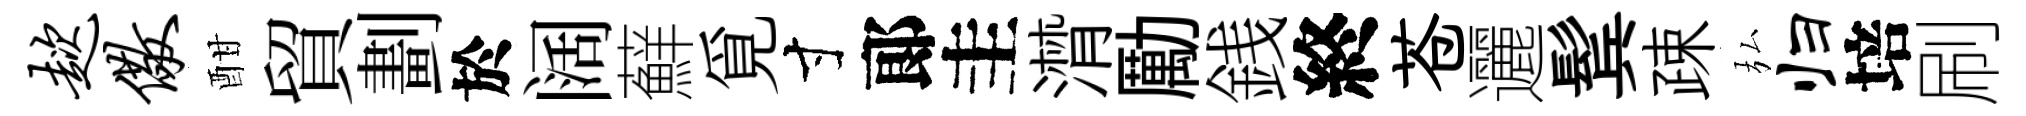
趑儆酣貿劃於阔蘚覓寸郞圭潸勵銭終苍邐鬂疎弘归培刷